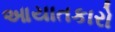
આયાતકારો